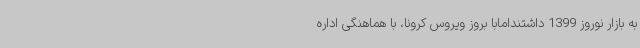
به بازار نوروز 1399 داشتندامابا بروز ویروس کرونا، با هماهنگی اداره